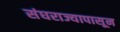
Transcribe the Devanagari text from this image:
संघराज्यापासून